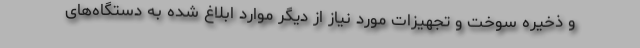
و ذخیره سوخت و تجهیزات مورد نیاز از دیگر موارد ابلاغ شده به دستگاه‌های